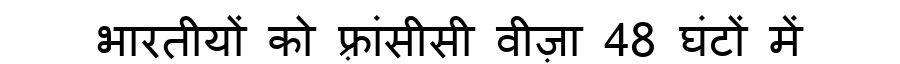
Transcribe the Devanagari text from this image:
भारतीयों को फ़्रांसीसी वीज़ा 48 घंटों में